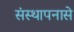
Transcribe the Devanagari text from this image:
संस्थापनासे